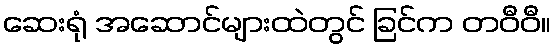
ဆေးရုံ အဆောင်များထဲတွင် ခြင်က တဝီဝီ။